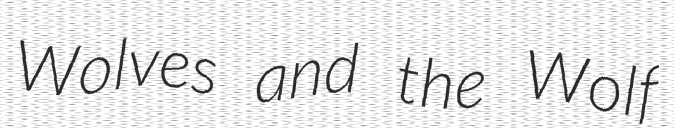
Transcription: Wolves and the Wolf